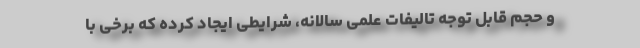
و حجم قابل توجه تالیفات علمی سالانه، شرایطی ایجاد کرده که برخی با